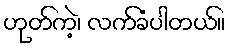
ဟုတ်ကဲ့၊ လက်ခံပါတယ်။